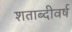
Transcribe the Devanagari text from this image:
शताब्दीवर्ष